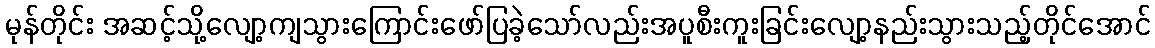
မုန်တိုင်း အဆင့်သို့လျော့ကျသွားကြောင်းဖော်ပြခဲ့သော်လည်းအပူစီးကူးခြင်းလျော့နည်းသွားသည့်တိုင်အောင်